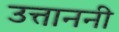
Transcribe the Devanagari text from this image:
उत्ताननी